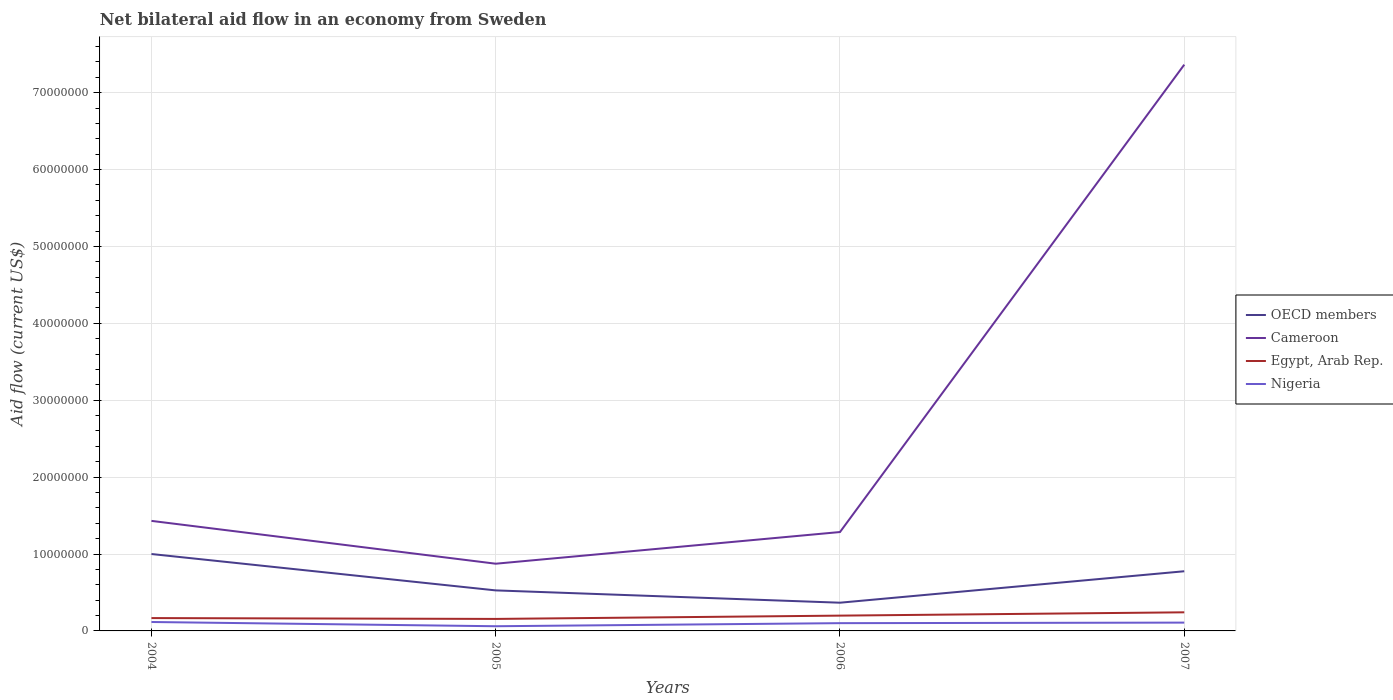
| Years | OECD members | Cameroon | Egypt, Arab Rep. | Nigeria |
 | --- | --- | --- | --- | --- |
 | 2004 | 1e+07 | 1.43e+07 | 1.67e+06 | 1.16e+06 |
 | 2005 | 5.27e+06 | 8.74e+06 | 1.56e+06 | 6.1e+05 |
 | 2006 | 3.67e+06 | 1.29e+07 | 1.99e+06 | 1.01e+06 |
 | 2007 | 7.76e+06 | 7.36e+07 | 2.42e+06 | 1.08e+06 |